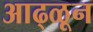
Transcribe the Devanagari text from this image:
आढ्ळून